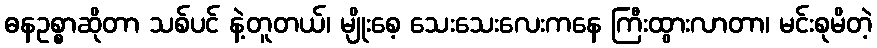
ဓနဥစ္စာဆိုတာ သစ်ပင် နဲ့တူတယ်၊ မျိုးစေ့ သေးသေးလေးကနေ ကြီးထွားလာတာ၊ မင်းစုမိတဲ့